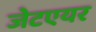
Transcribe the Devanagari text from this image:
जेटएयर